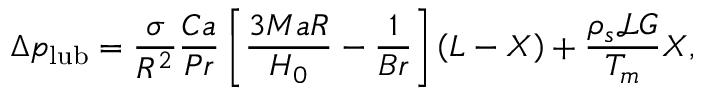
\Delta p _ { \mathrm { l u b } } = \frac { \sigma } { R ^ { 2 } } \frac { C a } { P r } \left[ \frac { 3 M a R } { H _ { 0 } } - \frac { 1 } { B r } \right] \left( L - X \right) + \frac { \rho _ { s } \mathcal { L } G } { T _ { m } } X ,